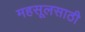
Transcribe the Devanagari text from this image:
महसूलसाठी